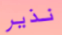
نذير